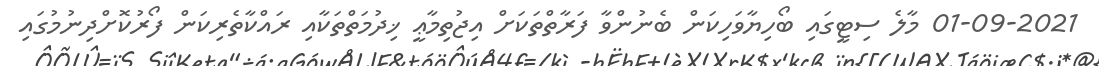
01-09-2021 މާލެ ސިޓީގައި ބޯހިޔާވަހިކަން ބެނުންވާ ފަރާތްތަކަށް އިޖުތިމާޢީ ޚިދުމަތްތަކާއި ރައްކާތެރިކަން ފޯރުކޮށްދިނުމުގައި